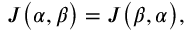
\begin{array} { l } { \displaystyle { J \big ( \alpha , \beta \big ) = J \big ( \beta , \alpha \big ) , } } \end{array}